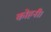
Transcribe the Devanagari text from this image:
कोहनी।